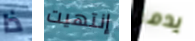
ذا إنتهيت يدمر